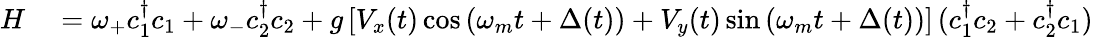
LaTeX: \begin{array}{rl}{H}&{{}=\omega_{+}c_{1}^{\dagger}c_{1}+\omega_{-}c_{2}^{\dagger}c_{2}+g\left[V_{x}(t)\cos\left(\omega_{m}t+\Delta(t)\right)+V_{y}(t)\sin\left(\omega_{m}t+\Delta(t)\right)\right]\, (c_{1}^{\dagger}c_{2}+c_{2}^{\dagger}c_{1})}\end{array}